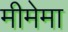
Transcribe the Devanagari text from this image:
मीमेमा